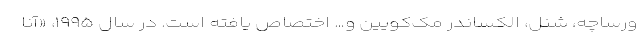
ورساچه، شنل، الکساندر مک‌کویین و… اختصاص یافته است. در سال ۱۹۹۵، «آنا